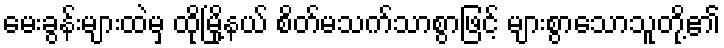
မေးခွန်းများထဲမှ ထိုမြို့နယ် စိတ်မသက်သာစွာဖြင့် များစွာသောသူတို့၏